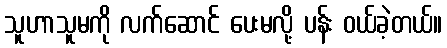
သူဟာသူမကို လက်ဆောင် ပေးမလို့ ပန်း ဝယ်ခဲ့တယ်။